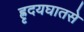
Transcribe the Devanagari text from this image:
ह्रृदयघातसे